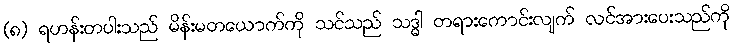
(၈) ရဟန်းတပါးသည် မိန်းမတယောက်ကို သင်သည် သဒ္ဓါ တရားကောင်းလျက် လင်အားပေးသည်ကို